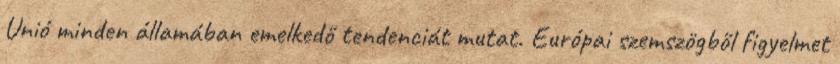
Unió minden államában emelkedő tendenciát mutat. Európai szemszögből figyelmet